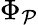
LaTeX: \Phi_{\mathcal{P}}